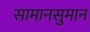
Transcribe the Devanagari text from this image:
सामानसुमान